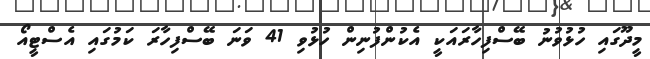
މީދޫގައި ހުޅުވުނު ބޭސްފިހާރައަކީ އެކުންފުނިން ހުޅުވި 41 ވަނަ ބޭސްފިހާރަ ކަމުގައި އެސްޓީއޯ